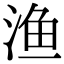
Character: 渔